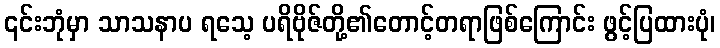
၎င်းဘုံမှာ သာသနာပ ရသေ့ ပရိဗိုဇ်တို့၏တောင့်တရာဖြစ်ကြောင်း ဖွင့်ပြထားပုံ၊